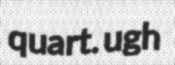
quart. ugh